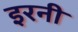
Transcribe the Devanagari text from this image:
इरनी